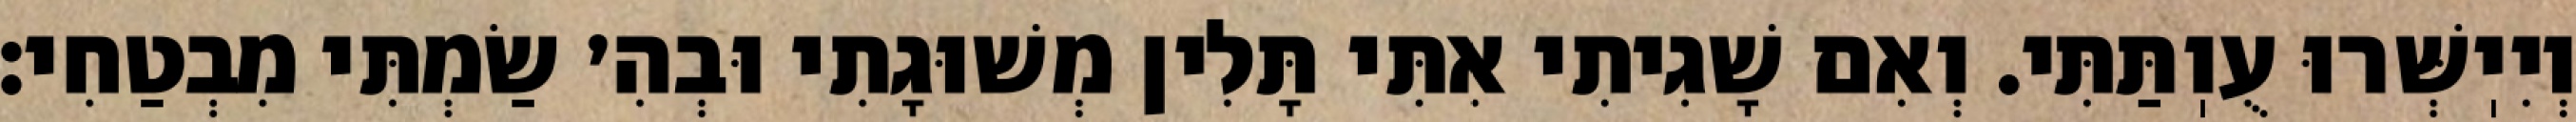
וְיִיֽשְּׁרוּ עֻוֽתַּתִּי. וְאִם שָׁגִיתִי אִתִּי תָּלִין מְשׁוּגָתִי וּבְהִ׳ שַׂמְתִּי מִבְטַחִי: